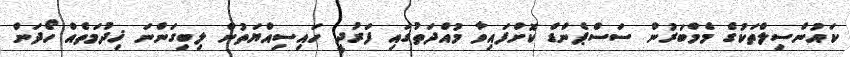
ކައުންސިލްތަކުގެ މެމްބަރުން ސަސްޕެންޑް ކޮށްފައިވާ މުއްދަތުގައި ފަރުދީ ހައިސިއްޔަތުން ލިބިގަންނަ ޚިދުމަތެއް ހޯދަން